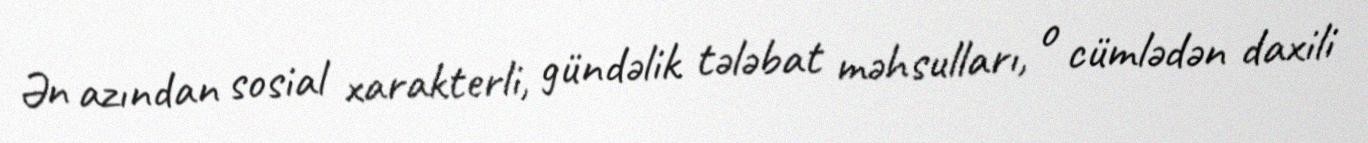
Ən azından sosial xarakterli, gündəlik tələbat məhsulları, o cümlədən daxili